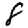
Digit: 8